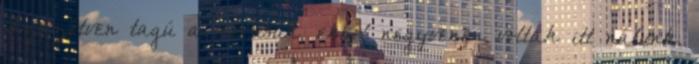
Százötven tagú a kórusuk, ebből negyvenen voltak itt nálunk.